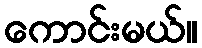
ကောင်းမယ်။